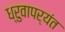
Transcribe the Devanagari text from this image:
ध्रुवापर्यंत